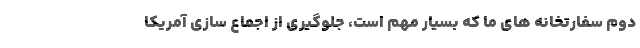
دوم سفارتخانه های ما که بسیار مهم است، جلوگیری از اجماع سازی آمریکا